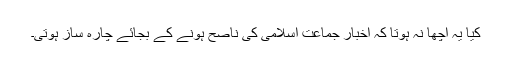
کیا یہ اچھا نہ ہوتا کہ اخبار جماعت اسلامی کی ناصح ہونے کے بجائے چارہ ساز ہوتی۔